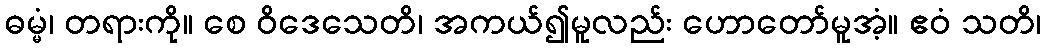
ဓမ္မံ၊ တရားကို။ စေ ဝိဒေသေတိ၊ အကယ်၍မူလည်း ဟောတော်မူအံ့။ ဧဝံ သတိ၊